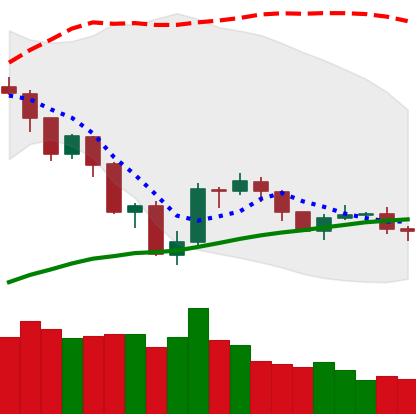
Ticker: NEO-USD
Chart end date: 2019-07-28
Forward return: 3.707%
Label: up_3_5